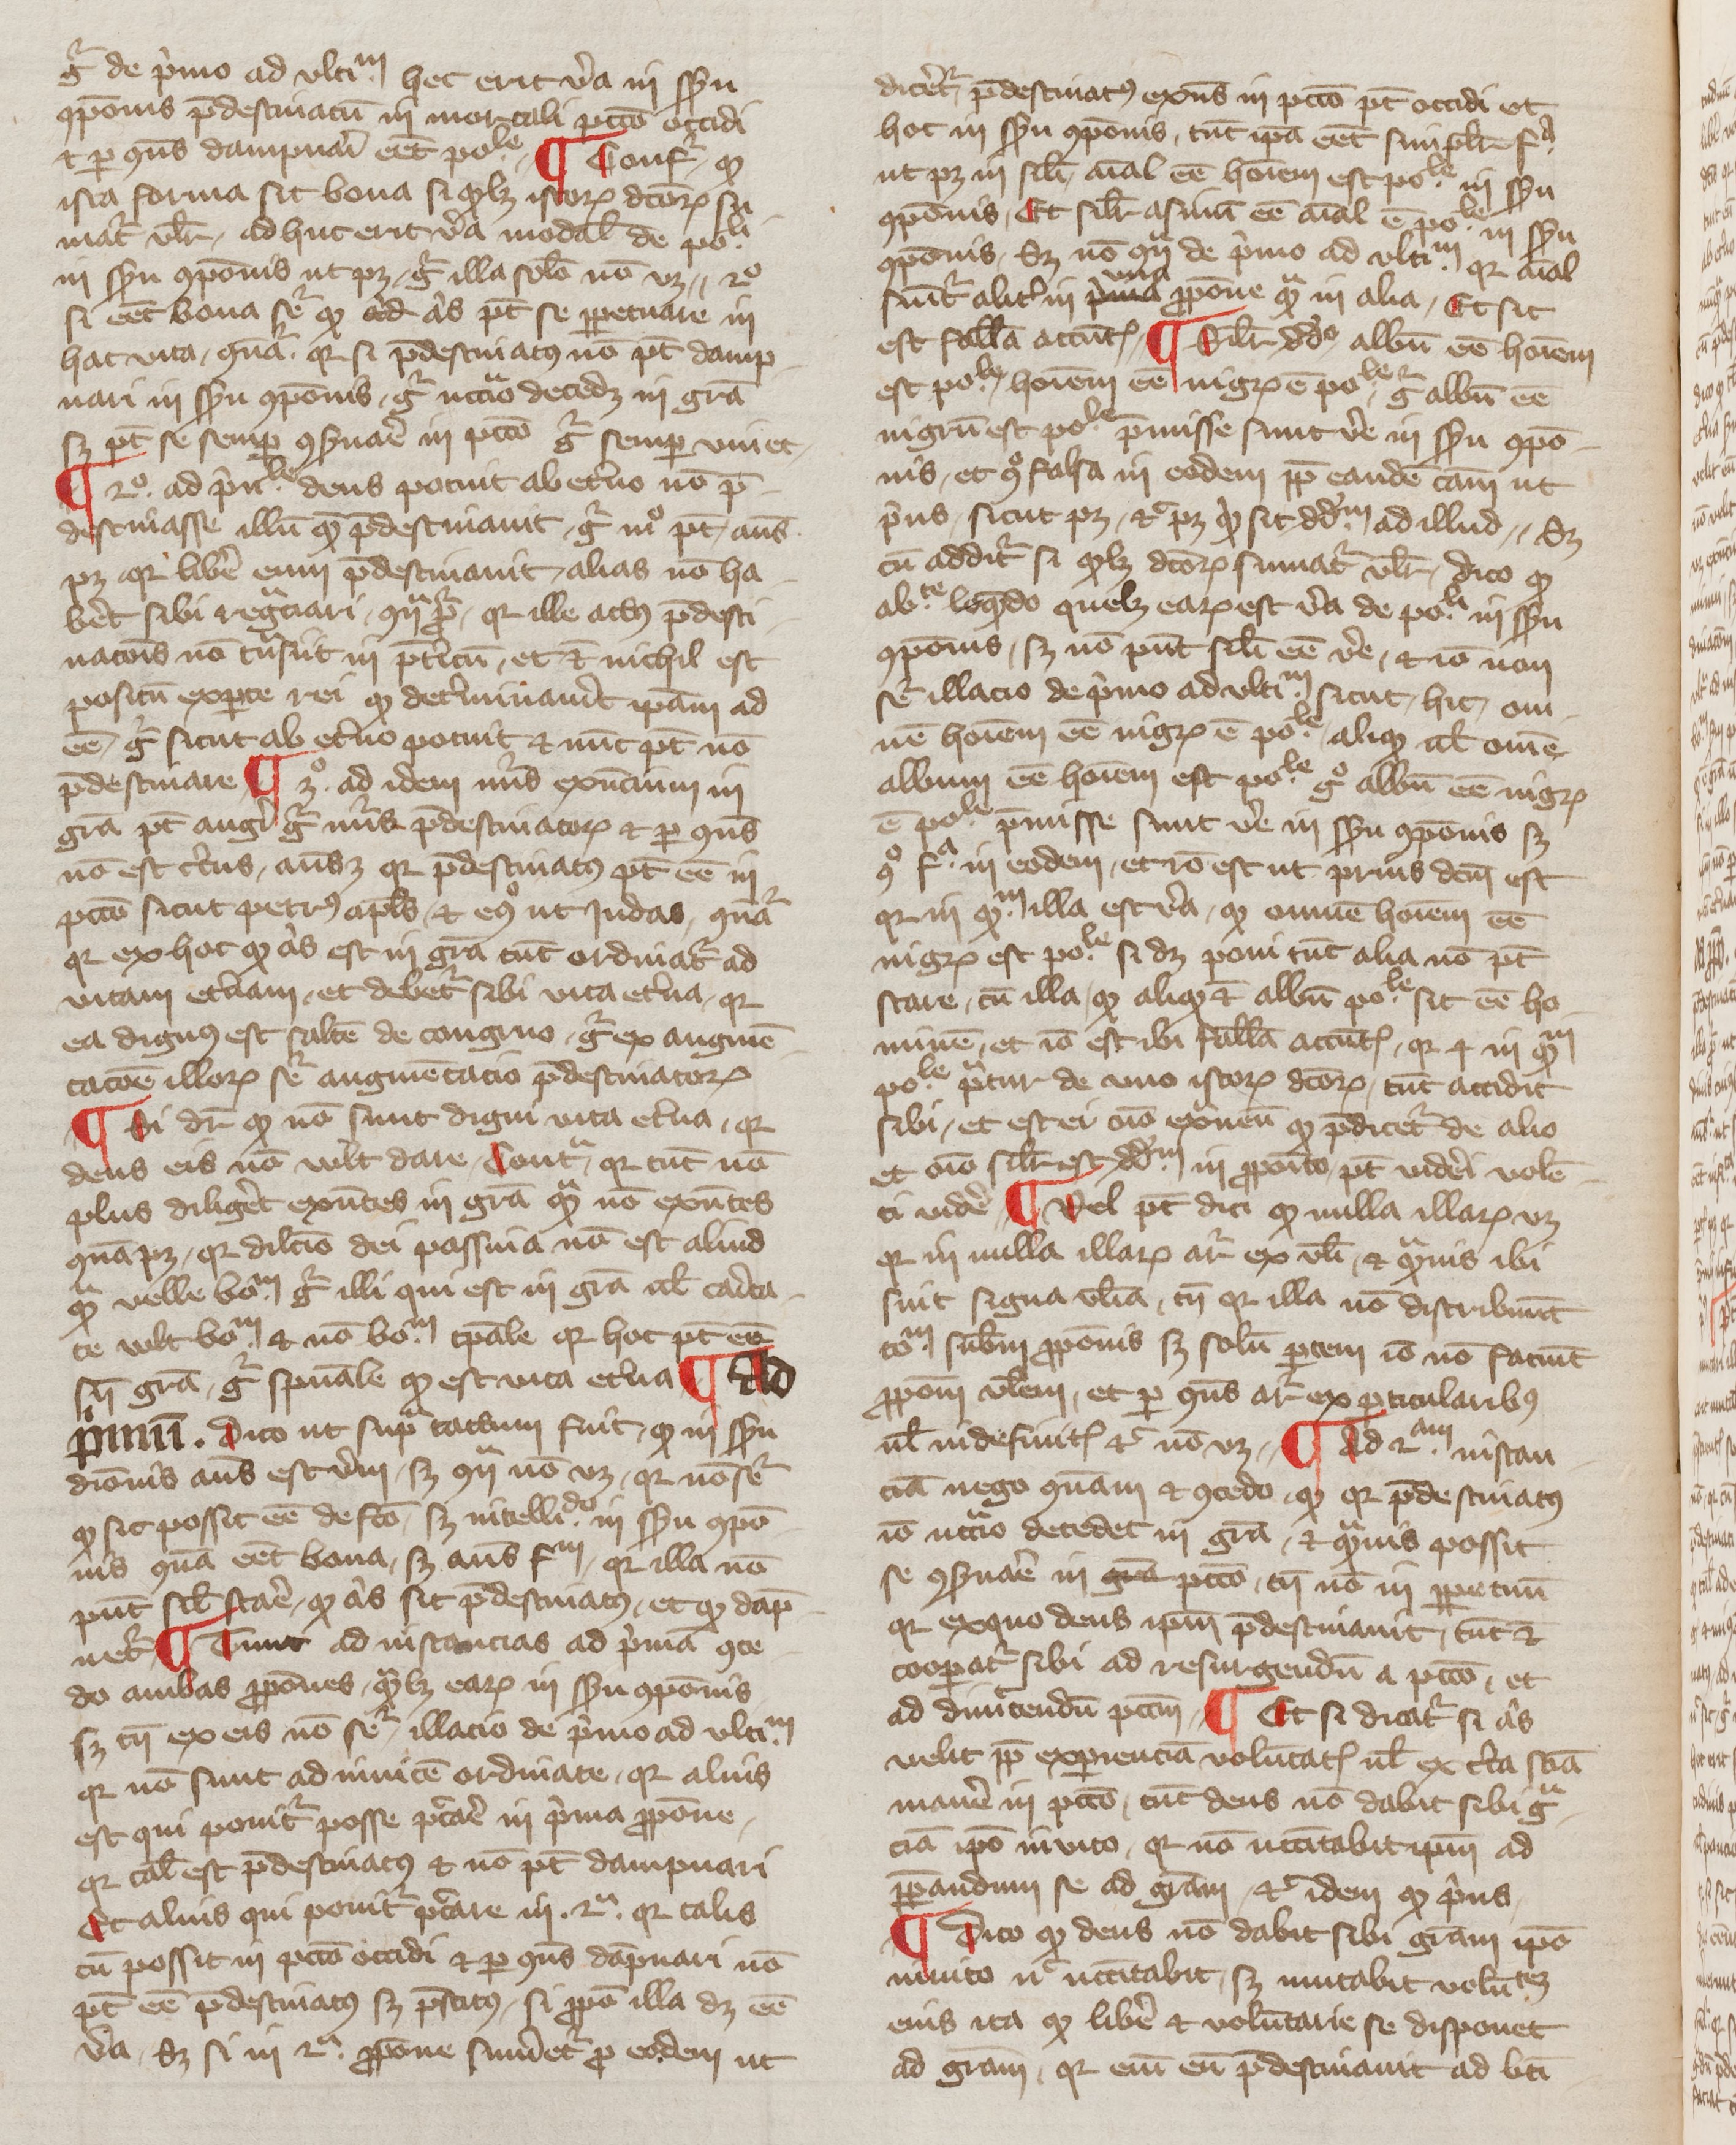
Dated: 1350–1399